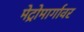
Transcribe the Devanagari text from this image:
मेट्रोमार्गावर